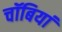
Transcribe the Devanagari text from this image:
चॉबियां